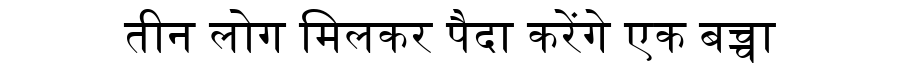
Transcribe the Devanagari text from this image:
तीन लोग मिलकर पैदा करेंगे एक बच्चा